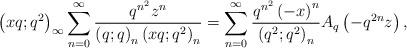
LaTeX: \begin{align*}\left(xq;q^{2}\right)_{\infty}\sum_{n=0}^{\infty}\frac{q^{n^{2}}z^{n}}{\left(q;q\right)_{n}\left(xq;q^{2}\right)_{n}}=\sum_{n=0}^{\infty}\frac{q^{n^{2}}\left(-x\right)^{n}}{\left(q^{2};q^{2}\right)_{n}}A_{q}\left(-q^{2n}z\right),\end{align*}